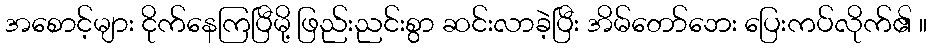
အစောင့်များ ငိုက်နေကြပြီမို့ ဖြည်းညင်းစွာ ဆင်းလာခဲ့ပြီး အိမ်တော်ဘေး ပြေးကပ်လိုက်၏ ။